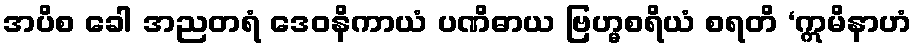
အပိစ ခေါ အညတရံ ဒေဝနိကာယံ ပဏိဓာယ ဗြဟ္မစရိယံ စရတိ ‘ဣမိနာဟံ